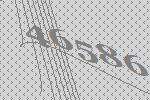
46586